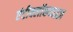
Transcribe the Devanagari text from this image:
एंटीक्लॉकवाइज़